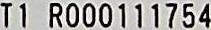
T1 R000111754